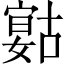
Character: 𡪻